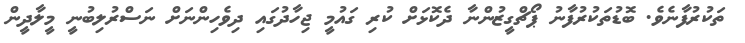
ތަކުރުފާނެވެ. ބޮޑުތަކުރުފާނު ޕޯޗްގީޒުންނާ ދެކޮޅަށް ކުރި ގައުމީ ޖިހާދުގައި ދިވެހިންނަށް ނަސްރުލިބުނީ މީލާދީން